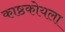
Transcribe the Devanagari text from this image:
काष्ठकोयला